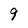
Character: 9